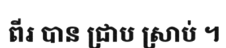
ពីរ បាន ជ្រាប ស្រាប់ ។